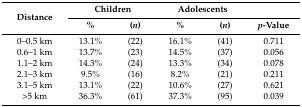
| <ROWSPAN=2> Distance | <COLSPAN=2> Children | <COLSPAN=2> Adolescents |  |
 | % | (n) | % | (n) | p-Value |
 | --- | --- | --- | --- | --- | --- |
 | 0–0.5 km | 13.1% | (22) | 16.1% | (41) | 0.711 |
 | 0.6–1 km | 13.7% | (23) | 14.5% | (37) | 0.056 |
 | 1.1–2 km | 14.3% | (24) | 13.3% | (34) | 0.078 |
 | 2.1–3 km | 9.5% | (16) | 8.2% | (21) | 0.211 |
 | 3.1–5 km | 13.1% | (22) | 10.6% | (27) | 0.621 |
 | >5 km | 36.3% | (61) | 37.3% | (95) | 0.039 |